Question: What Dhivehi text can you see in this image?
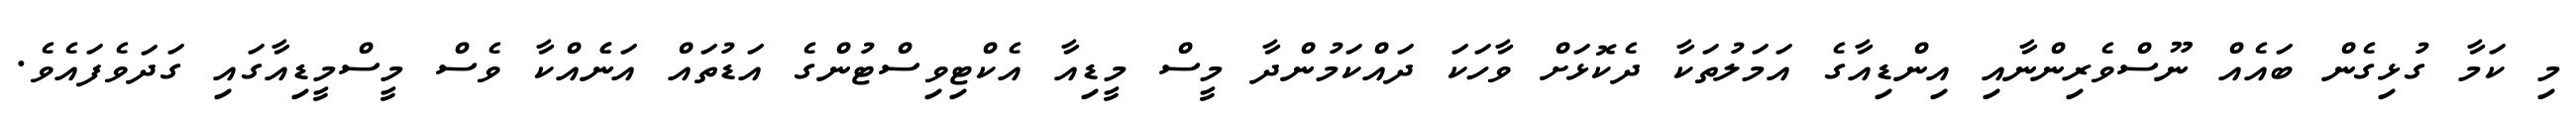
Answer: މި ކަމާ ގުޅިގެން ބައެއް ނޫސްވެރިންނާއި އިންޑިއާގެ އަމަލުތަކާ ދެކޮޅަށް ވާހަކަ ދައްކަމުންދާ މީސް މީޑިއާ އެކްޓިވިސްޓުންގެ އަޑުތައް އަނެެއްކާ ވެސް މީސްމީޑިއާގައި ގަދަވެފައެވެ.